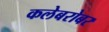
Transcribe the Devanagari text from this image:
कलेबरोबर